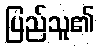
ပြည်သူ၏